Regulations for the medical services of the Army of India
Year: 1930
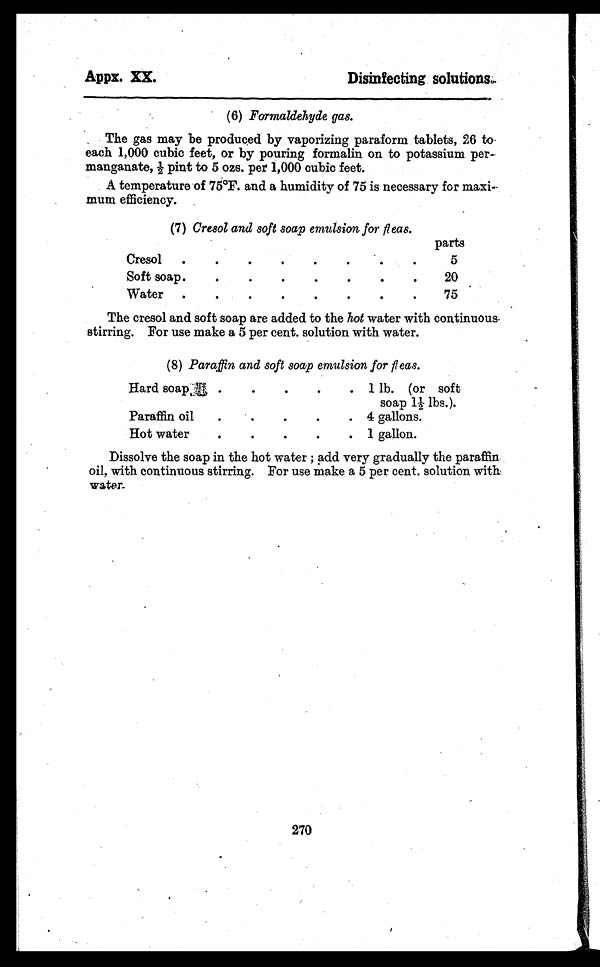
Appx. XX.
Disinfecting solutions.
(6) Formaldehyde gas.
The gas may be produced by vaporizing paraform tablets, 26 to
each 1,000 cubic feet, or by pouring formalin on to potassium per
-manganate, ½ pint to 5 ozs. per 1,000 cubic feet.
A temperature of 75°F. and a humidity of 75 is necessary for max
i-mum efficiency.
(7) Cresol and soft soap emul si on for fleas.
parts
Cresol . . .
5
Soft soap . . .
20
Water . . .
75
The cresol and soft soap are added to the hot water with continuous
stirring. For use make a 5 per cent. solution with water.
(8) Paraffi n and soft soap emul si on for fl eas.
Hard soap . . .
1 lb. (or soft
soap 1½ lbs.).
Paraffin oil . . .
4 gallons.
Hot water . . .
1 gallon.
Dissolve the soap in the hot water ; add very gradually the paraffin
oil, with continuous stirring. For use make a 5 per cent. solution with.
water.
270